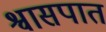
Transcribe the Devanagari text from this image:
श्वासपात